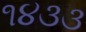
૧૪૩૩